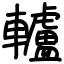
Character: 轤